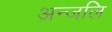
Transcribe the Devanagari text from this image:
अन्जलि